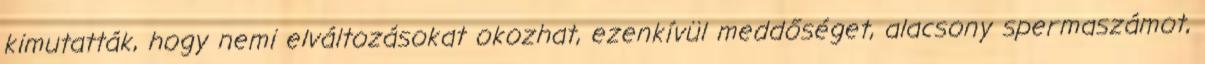
kimutatták, hogy nemi elváltozásokat okozhat, ezenkívül meddőséget, alacsony spermaszámot,